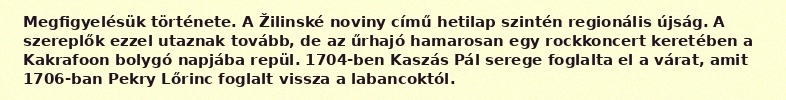
Megfigyelésük története. A Žilinské noviny című hetilap szintén regionális újság. A szereplők ezzel utaznak tovább, de az űrhajó hamarosan egy rockkoncert keretében a Kakrafoon bolygó napjába repül. 1704-ben Kaszás Pál serege foglalta el a várat, amit 1706-ban Pekry Lőrinc foglalt vissza a labancoktól.